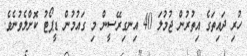
ހުރި ދައިތަގެ އިތުރުން ޖުމުލަ 40 އިނގިރޭސީން މި ގައުމުން ޑީޕޯޓު ކޮށްލެވުނެވެ.